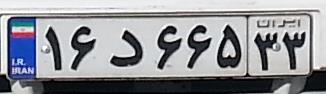
۱۶د۶۶۵۳۳